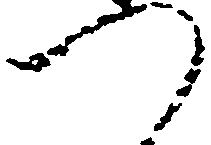
へ